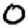
Digit: 0